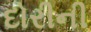
દોરીની